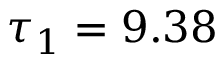
\tau _ { 1 } = 9 . 3 8